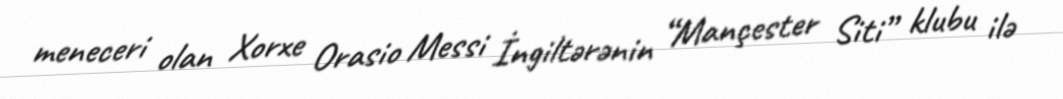
meneceri olan Xorxe Orasio Messi İngiltərənin “Mançester Siti” klubu ilə